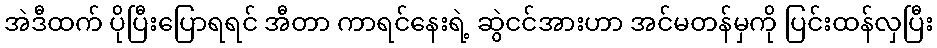
အဲဒီထက် ပိုပြီးပြောရရင် အီတာ ကာရင်နေးရဲ့ ဆွဲငင်အားဟာ အင်မတန်မှကို ပြင်းထန်လှပြီး